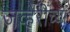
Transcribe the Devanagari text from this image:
जव्हेरींच्या